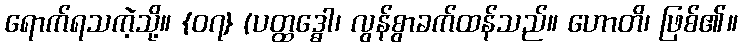
ရောက်ရသကဲ့သို့။ {၀၇} (ပတ္ထဒ္ဓေါ၊ လွန်စွာခက်ထန်သည်။ ဟောတိ၊ ဖြစ်၏။